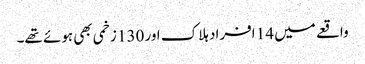
واقعے میں 14 افراد ہلاک اور 130 زخمی بھی ہوئے تھے۔